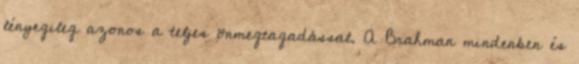
lényegileg azonos a teljes önmegtagadással. A Brahman mindenben és